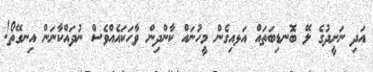
އަދި ނަށީދުގެ ލޭ ބޮނޑިބަތައް އަޅއިގެން މީހުނައް ކާންދިން ވާހަކައެއްވެސް ނުދައްކާނަން އިނގޭތޯ!